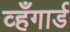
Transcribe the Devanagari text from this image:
व्हँगार्ड